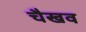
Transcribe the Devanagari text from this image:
चैखव